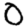
Digit: 0